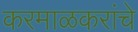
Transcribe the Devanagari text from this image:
करमाळकरांचे